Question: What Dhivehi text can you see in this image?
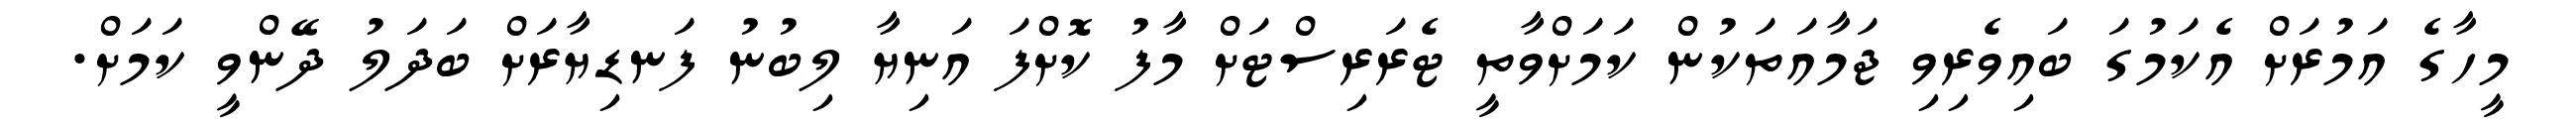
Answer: މީހާގެ އަމުރަށް އެކަމުގަ ބައިވެރިވި ޖަމާއަތަކުން ކަމަށްވާތީ ޓެރަރިސްޓަށް މާފު ކޮށްފަ އަނިޔާ ލިބުނު ފަނޑިޔާރަށް ބަދަލު ދޭންވީ ކަމަށް.